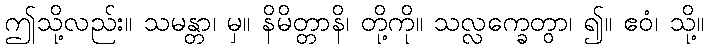
ဤသို့လည်း။ သမန္တာ၊ မှ။ နိမိတ္တာနိ၊ တို့ကို။ သလ္လက္ခေတွာ၊ ၍။ ဧဝံ၊ သို့။